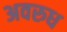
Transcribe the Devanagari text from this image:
अवरुध